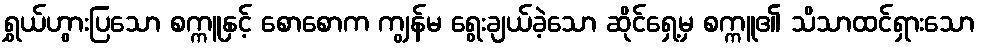
ရွှယ်ဟွားပြသော စက္ကူနှင့် စောစောက ကျွန်မ ရွေးချယ်ခဲ့သော ဆိုင်ရှေ့မှ စက္ကူ၏ သိသာထင်ရှားသော